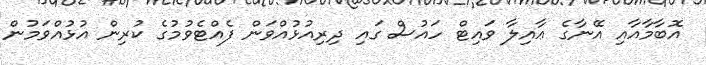
އޮބާމާއާއި އޭނާގެ ޢާއިލާ ވައިޓް ހައުސް ގައި ދިރިއުޅުއްވަން ފެއްޓެވުމުގެ ކުރިން އުޅުއްވަމުން